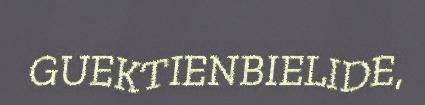
GUEKTIENBIELIDE,